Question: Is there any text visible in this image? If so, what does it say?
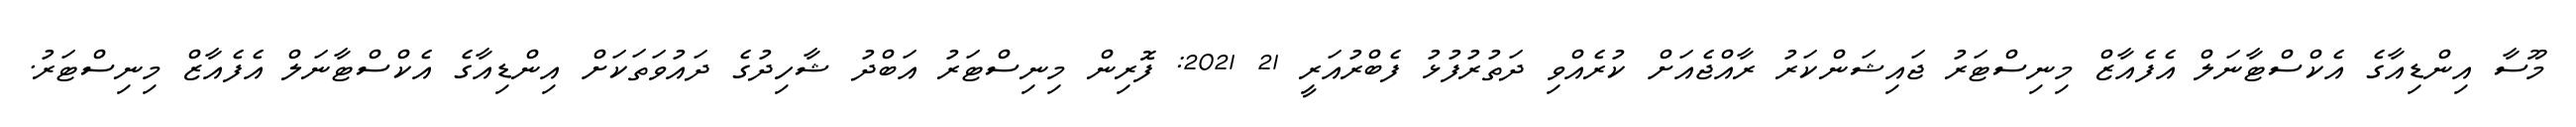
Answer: މޫސާ އިންޑިއާގެ އެކްސްޓާނަލް އެފެއާޒް މިނިސްޓަރު ޖައިޝަންކަރު ރާއްޖެއަށް ކުރެއްވި ދަތުރުފުޅު ފެބްރުއަރީ 21 2021: ފޮރިން މިނިސްޓަރު އަބްދު ޝާހިދުގެ ދައުވަތަކަށް އިންޑިއާގެ އެކްސްޓާނަލް އެފެއާޒް މިނިސްޓަރު.